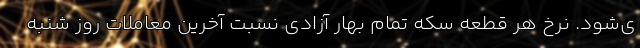
ی‌شود. نرخ هر قطعه سکه تمام بهار آزادی نسبت آخرین معاملات روز شنبه